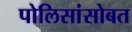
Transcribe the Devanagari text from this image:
पोलिसांसोबत